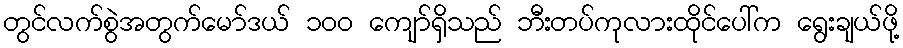
တွင်လက်စွဲအတွက်မော်ဒယ် ၁၀၀ ကျော်ရှိသည် ဘီးတပ်ကုလားထိုင်ပေါ်က ရွေးချယ်ဖို့